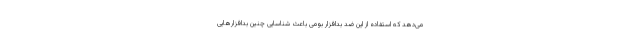
می‌دهد که استفاده از این ضد بدافزار بومی باعث شناسایی چنین بدافزارهایی